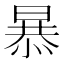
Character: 𭧂